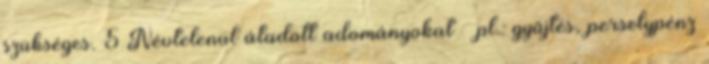
szükséges. 5 Névtelenül átadott adományokat pl.: gyűjtés, perselypénz